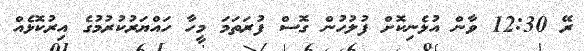
ރޭ 12:30 ވާން އުޅެނިކޮށް ފުލުހުން ގޮސް ފުރަތަމަ މީހާ ހައްޔަރުކުރުމުގެ އިރުކޮޅެއް